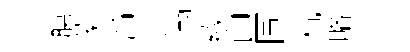
膓蒙戶追渤緣印圖杭略